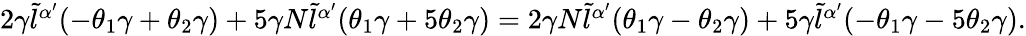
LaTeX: \begin{array}{r}{2\gamma\tilde{l}^{\alpha{'}}(-\theta_{1}\gamma+\theta_{2}\gamma)+5\gamma N\tilde{l}^{\alpha{'}}(\theta_{1}\gamma+5\theta_{2}\gamma)=2\gamma N\tilde{l}^{\alpha{'}}(\theta_{1}\gamma-\theta_{2}\gamma)+5\gamma\tilde{l}^{\alpha{'}}(-\theta_{1}\gamma-5\theta_{2}\gamma).}\end{array}